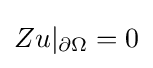
Zu|_{\partial \Omega }=0